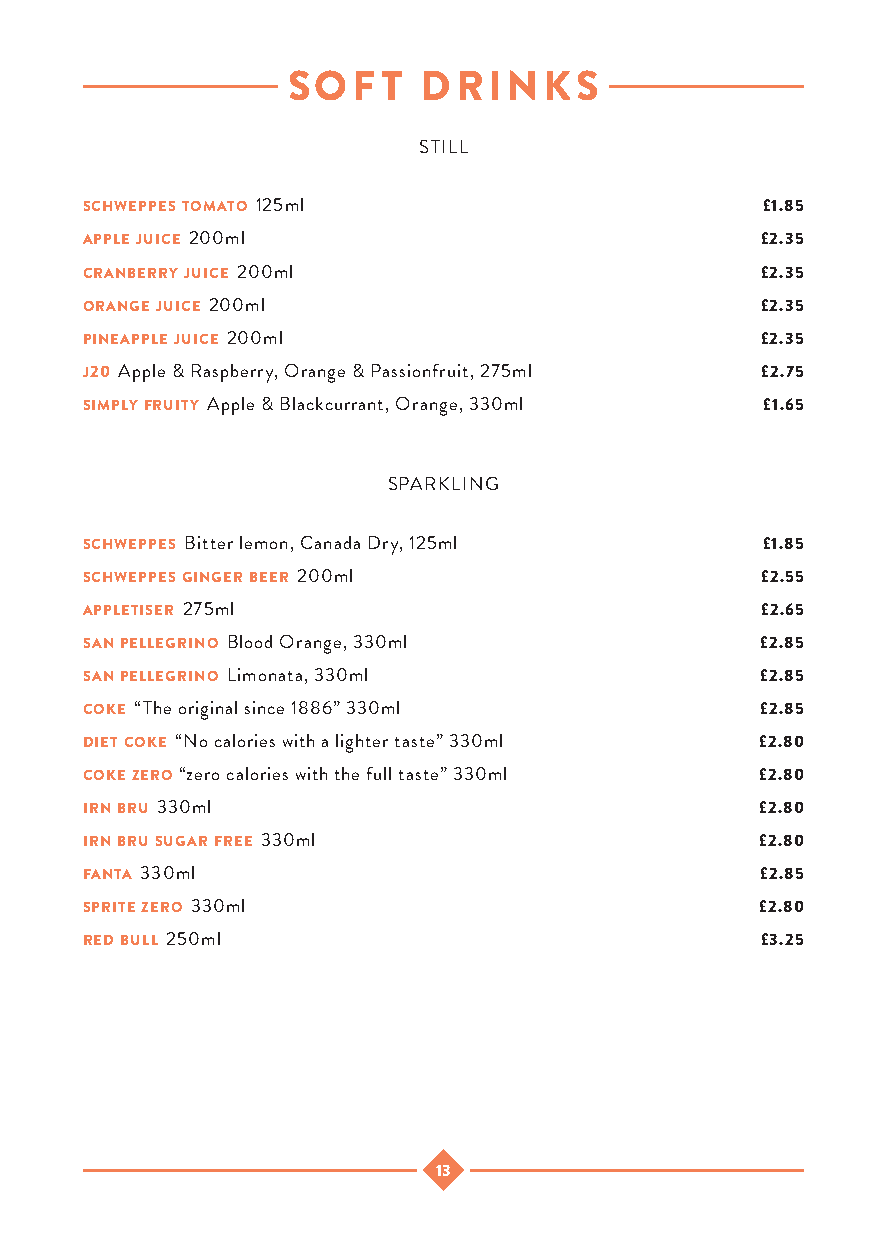
SOFT     DRINKS
 STILL
 schweppes tomato 125ml                       £1.85
 apple juice 200ml                            £2.35
 cranberry juice 200ml                        £2.35
 orange juice 200ml                           £2.35
 pineapple juice 200ml                        £2.35
 j20 Apple & Raspberry, Orange & Passionfruit, 275ml £2.75
 simply fruity Apple & Blackcurrant, Orange, 330ml £1.65
 SPARKLING
 schweppes Bitter lemon, Canada Dry, 125ml    £1.85
 schweppes ginger beer 200ml                  £2.55
 appletiser 275ml                             £2.65
 san pellegrino Blood Orange, 330ml           £2.85
 san pellegrino Limonata, 330ml               £2.85
 coke “The original since 1886” 330ml         £2.85
 diet coke “No calories with a lighter taste” 330ml £2.80
 coke zero “zero calories with the full taste” 330ml £2.80
 irn bru 330ml                                £2.80
 irn bru sugar free 330ml                     £2.80
 fanta 330ml                                  £2.85
 sprite zero 330ml                            £2.80
 red bull 250ml                               £3.25
 13